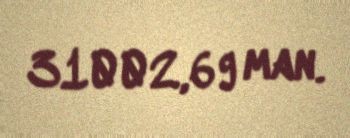
31002,69 man.